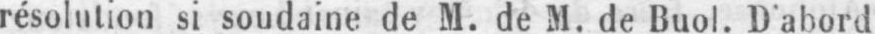
résolution si soudaine de M. de M. de Buol. D’abord